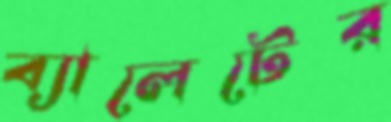
ব্যালেটের